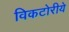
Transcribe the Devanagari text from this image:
विकटोरीये